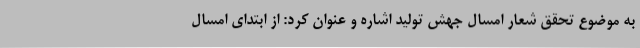
به موضوع تحقق شعار امسال جهش تولید اشاره و عنوان کرد: از ابتدای امسال